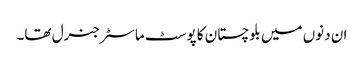
ان دنوں میں بلوچستان کا پوسٹ ماسٹر جنرل تھا۔